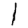
Digit: 1